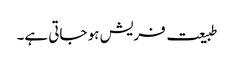
طبیعت فریش ہو جاتی ہے۔